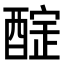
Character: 𨢃